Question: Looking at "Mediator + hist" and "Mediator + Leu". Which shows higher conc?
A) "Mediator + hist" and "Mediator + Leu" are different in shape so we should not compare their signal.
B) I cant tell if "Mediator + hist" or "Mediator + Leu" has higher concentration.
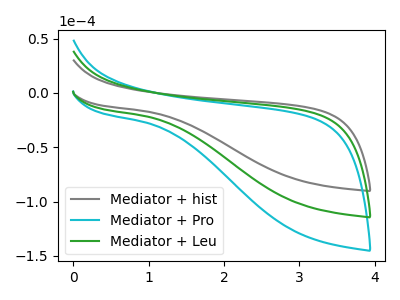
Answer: <think>The gray curve "Mediator + hist" has no peaks. The cyan curve "Mediator + Pro" has no peaks. The green curve "Mediator + Leu" has no peaks.
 Neither "Mediator + hist" or "Mediator + Leu" have any peaks.</think>
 <answer>B) I cant tell if "Mediator + hist" or "Mediator + Leu" has higher concentration.</answer>
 <eval>B</eval>